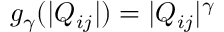
g _ { \gamma } ( | Q _ { i j } | ) = | Q _ { i j } | ^ { \gamma }